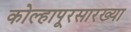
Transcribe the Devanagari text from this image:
कोल्हापूरसारख्या